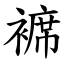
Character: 褯